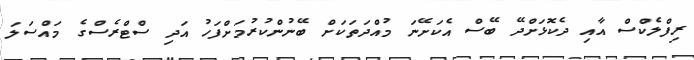
ރިފްލެކްސް އާއި ދެކޮޅަށްދޭ ބޭސް އެކަށޭނަ މުއްދަތަކަށް ބޭނުންކުރުމަށްފަހު އަދި ސްޓްރެސްގެ މައްސަލަ